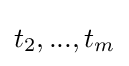
t_{2},...,t_{m}